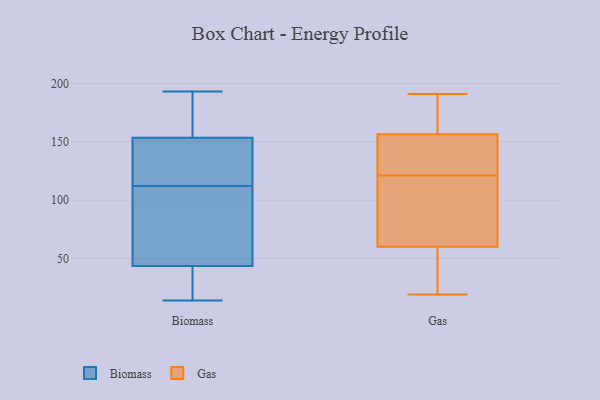
{"axis": {"x": "Customer Acquisition Cost (USD)", "y": "Value"}, "legend": ["Biomass", "Gas"], "data": [{"x": "", "y": 19, "type": "Biomass"}, {"x": "", "y": 14, "type": "Biomass"}, {"x": "", "y": 40, "type": "Biomass"}, {"x": "", "y": 166, "type": "Biomass"}, {"x": "", "y": 116, "type": "Biomass"}, {"x": "", "y": 139, "type": "Biomass"}, {"x": "", "y": 191, "type": "Biomass"}, {"x": "", "y": 98, "type": "Biomass"}, {"x": "", "y": 47, "type": "Biomass"}, {"x": "", "y": 74, "type": "Biomass"}, {"x": "", "y": 193, "type": "Biomass"}, {"x": "", "y": 157, "type": "Biomass"}, {"x": "", "y": 23, "type": "Biomass"}, {"x": "", "y": 138, "type": "Biomass"}, {"x": "", "y": 150, "type": "Biomass"}, {"x": "", "y": 108, "type": "Biomass"}, {"x": "", "y": 155, "type": "Gas"}, {"x": "", "y": 184, "type": "Gas"}, {"x": "", "y": 142, "type": "Gas"}, {"x": "", "y": 95, "type": "Gas"}, {"x": "", "y": 109, "type": "Gas"}, {"x": "", "y": 191, "type": "Gas"}, {"x": "", "y": 82, "type": "Gas"}, {"x": "", "y": 149, "type": "Gas"}, {"x": "", "y": 63, "type": "Gas"}, {"x": "", "y": 171, "type": "Gas"}, {"x": "", "y": 56, "type": "Gas"}, {"x": "", "y": 30, "type": "Gas"}, {"x": "", "y": 148, "type": "Gas"}, {"x": "", "y": 38, "type": "Gas"}, {"x": "", "y": 19, "type": "Gas"}, {"x": "", "y": 57, "type": "Gas"}, {"x": "", "y": 91, "type": "Gas"}, {"x": "", "y": 133, "type": "Gas"}, {"x": "", "y": 165, "type": "Gas"}, {"x": "", "y": 158, "type": "Gas"}]}